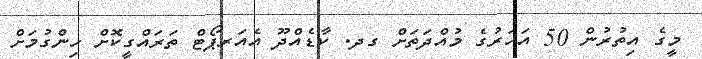
މީގެ އިތުރުން 50 އަހަރުގެ މުއްދަތަށް ގދ. ކާޑެއްދޫ އެއަރޕޯޓް ތަރައްގީކޮށް ހިންގުމަށް